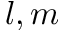
l , m